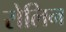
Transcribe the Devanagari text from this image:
रोलिन